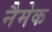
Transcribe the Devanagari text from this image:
नैमेक